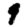
Digit: 9